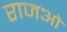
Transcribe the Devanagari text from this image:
राजओ